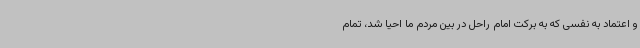
و اعتماد به نفسی که به برکت امام راحل در بین مردم ما احیا شد، تمام